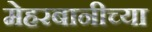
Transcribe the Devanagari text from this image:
मेहरबानीच्या